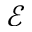
\mathcal { E }